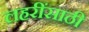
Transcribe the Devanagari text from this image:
लहरींसाठी